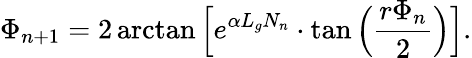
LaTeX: \Phi_{n+1}=2\arctan\Big[e^{\alpha L_{g}N_{n}}\cdot\tan\Big(\frac{r\Phi_{n}}{2}\Big)\Big].